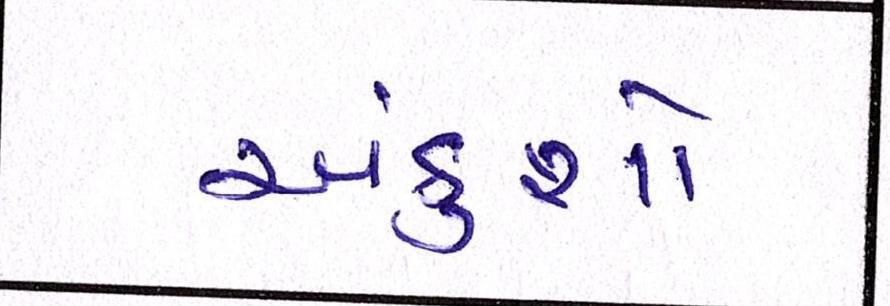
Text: અંકુશો